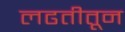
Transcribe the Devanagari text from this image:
लढतीतून